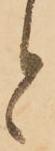
と